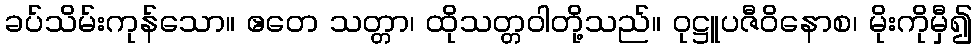
ခပ်သိမ်းကုန်သော။ ဧတေ သတ္တာ၊ ထိုသတ္တဝါတို့သည်။ ဝုဋ္ဌူပဇီဝိနောစ၊ မိုးကိုမှီ၍